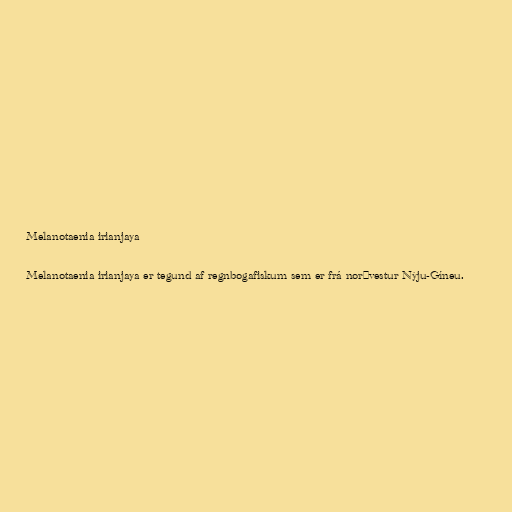
Melanotaenia irianjaya

Melanotaenia irianjaya er tegund af regnbogafiskum sem er frá norðvestur Nýju-Gíneu.